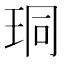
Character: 𪻛